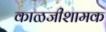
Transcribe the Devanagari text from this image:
काळजीशामक